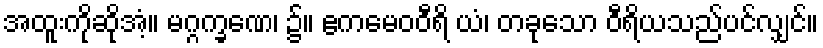
အထူးကိုဆိုအံ့။ မဂ္ဂက္ခဏေ၊ ၌။ ဧကမေဝဝီရိ ယံ၊ တခုသော ဝီရိယသည်ပင်လျှင်။